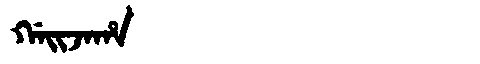
Manchu: ᡤᠠᡳᠵᠠᡥᠠ
Romanization: GAIJAHA